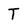
Character: T